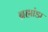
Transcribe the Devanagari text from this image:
ब्रह्मांडा